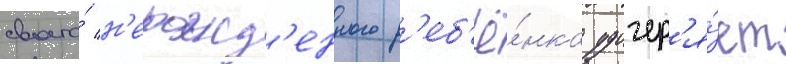
своего́ н'ерожд'енного р'еб'ё́нка удочер'я́ет